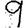
Digit: 9